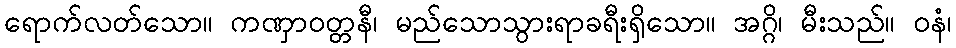
ရောက်လတ်သော။ ကဏှာဝတ္တနီ၊ မည်သောသွားရာခရီးရှိသော။ အဂ္ဂိ၊ မီးသည်။ ဝနံ၊